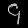
Digit: ၄